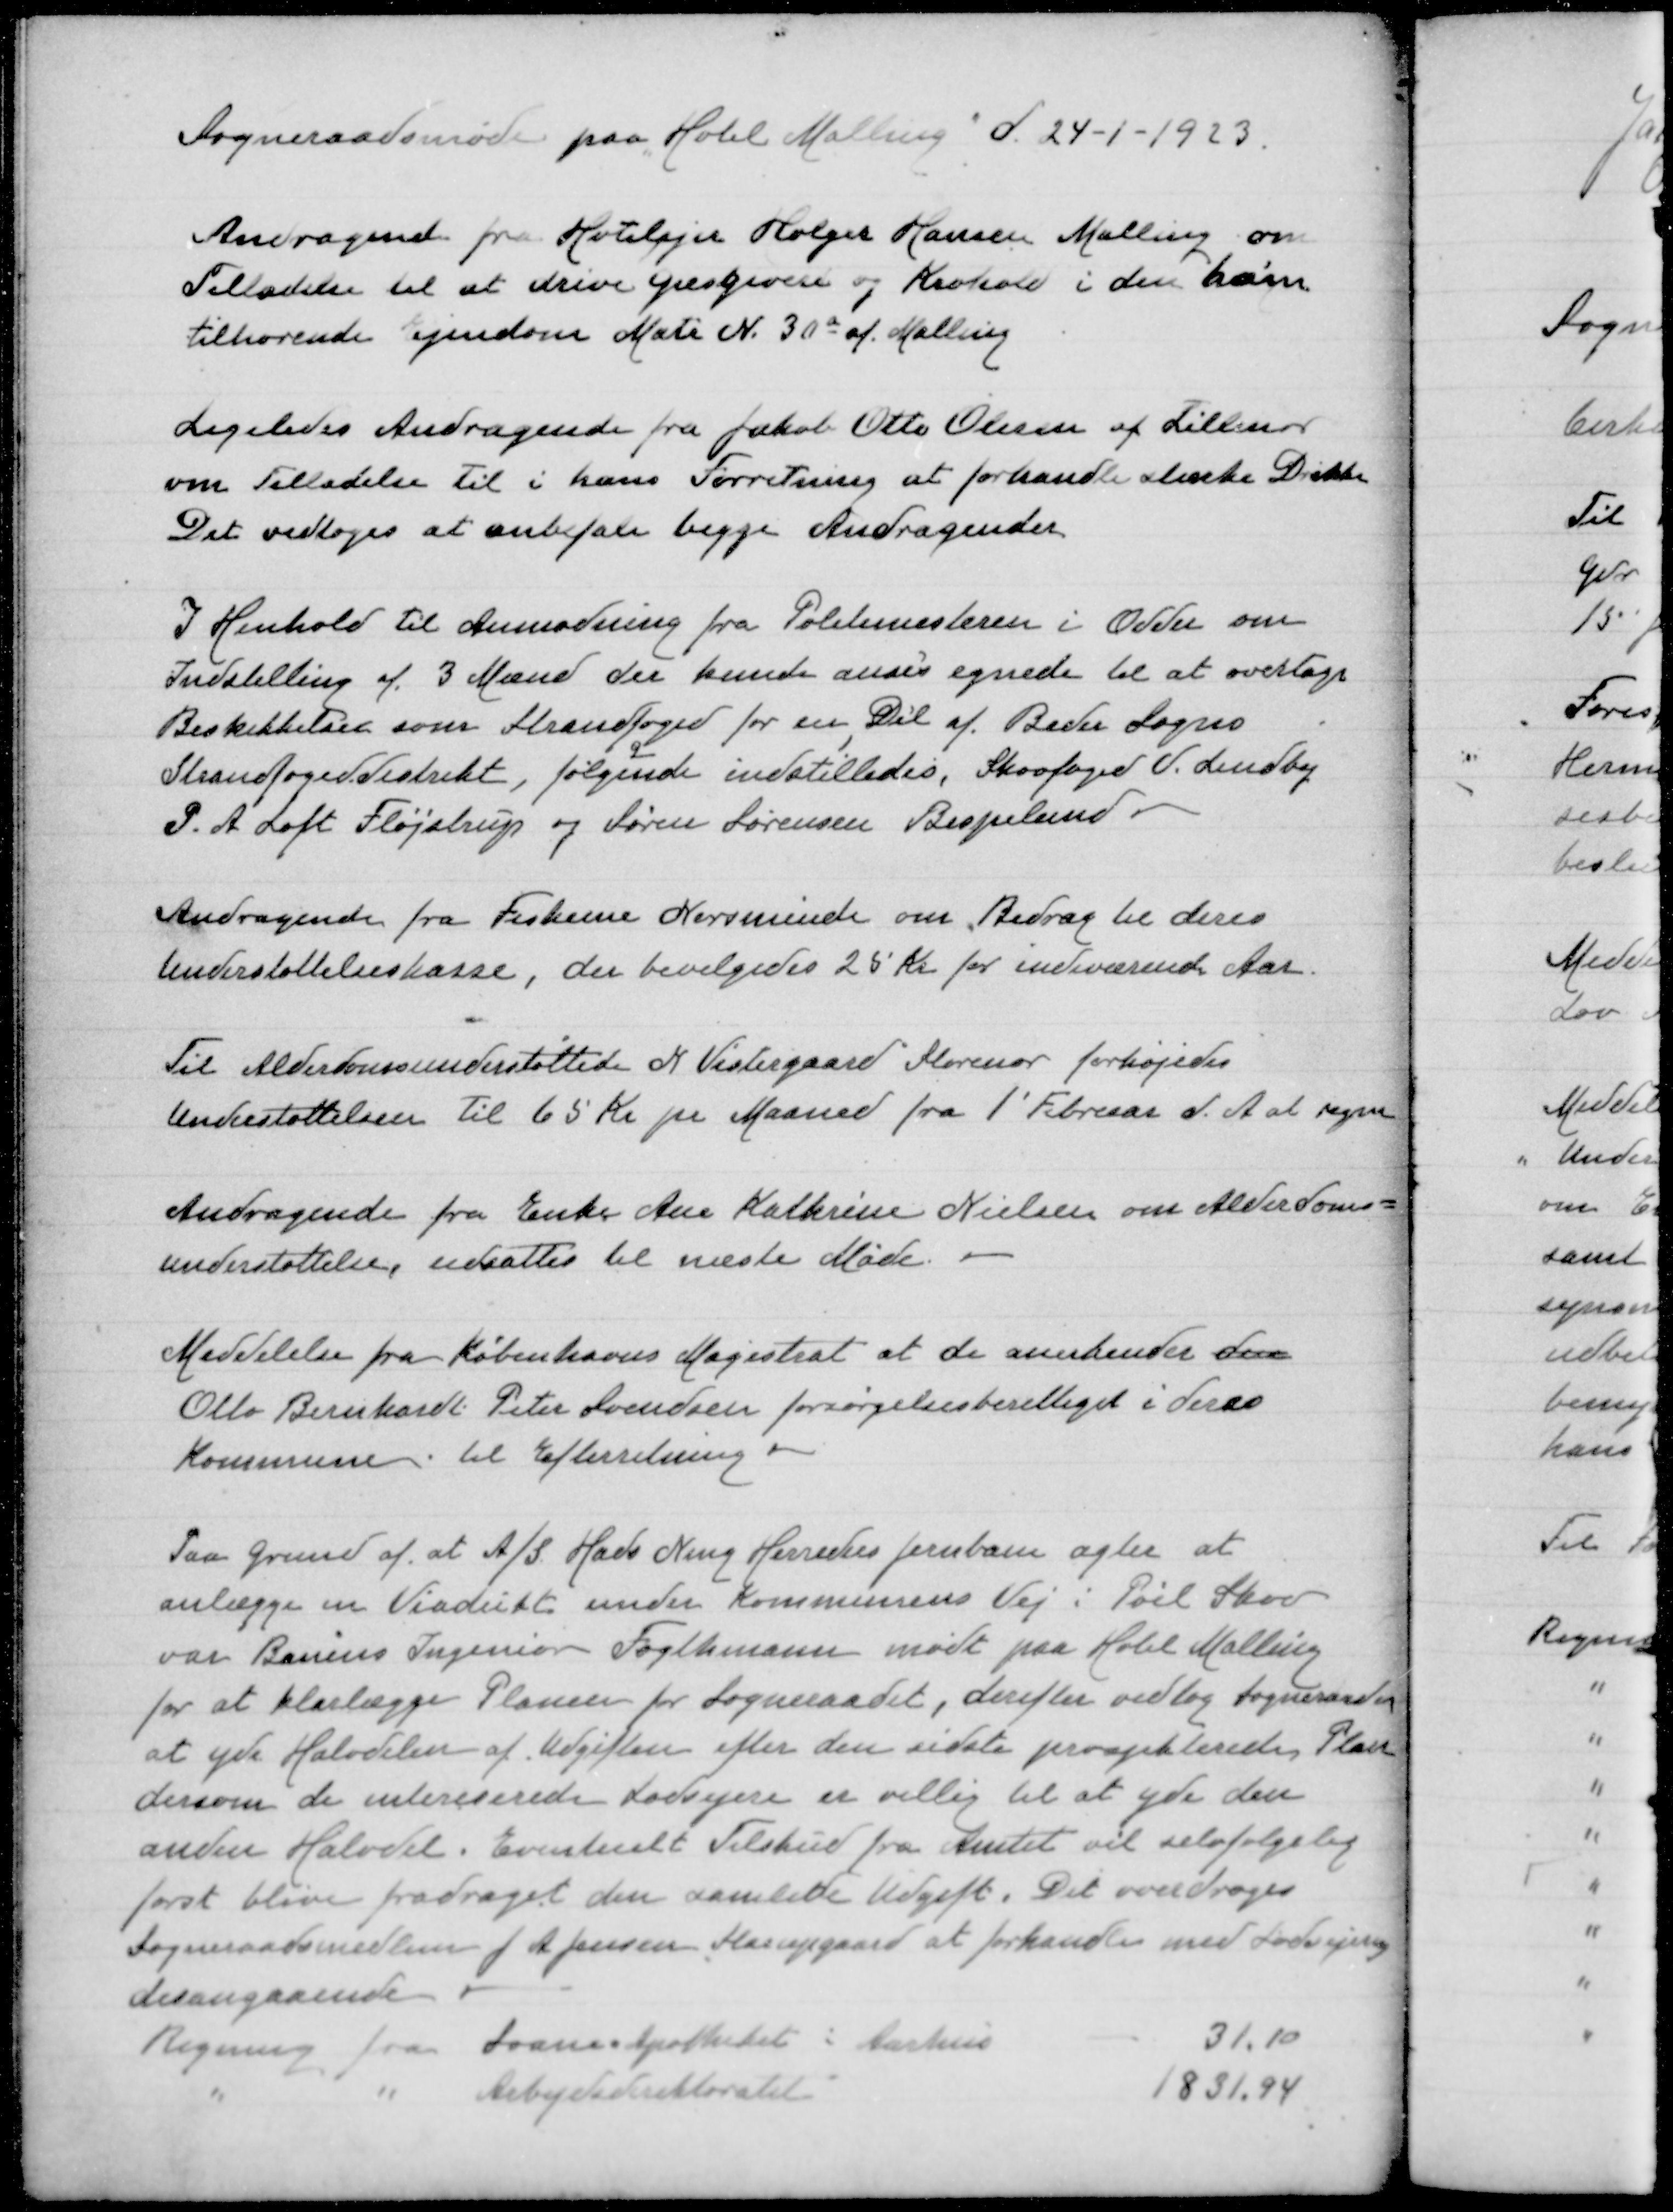
Transskription:
Sogneraadsmøde paa "Hotel Malling" d 24-1-1923

Andragende fra Hotelejer Holger Hansen Malling om
Tilladelse til at drive Gæstgiveri og Krohold i den ham
tilhørende Ejendom Matr N 30a af Malling

Ligeledes Andragende fra Jakob Otto Olesen af Lillenor
om Tilladelse til i hans Forretning at forhandle stærke Drikke
Det vedtoges at anbefale begge Andragender.

I Henhold til Anmodning fra Politimesteren i Odder om
Indstilling af 3 Mænd der kunde anses egnede til at overtage
Beskikkelser som Strandfoged for en del af Beder Sogns
Strandfogeddistrikt, følgende indstilledes, Skovfoged V Lindby
P A Loft Fløjstrup og Søren Sørensen Bispelund

Andragende fra Fiskerne i Norsminde om Bidrag til deres
Understøttelseskasse, der bevilgedes 25 Kr for indværende Aar

Til Alderdomsunderstøttede N Vestergaard Storenor forhøjedes
Understøttelsen til 65 Kr pr Maaned fra 1' Februar d A at regne

Andragende fra Enke Ane Kathrine Nielsen om Alderdoms=
understøttelse, udsattes til næste Møde

Meddelelse fra Københavns Magistrat at de anerkender den
Otto Bernhardt Peter Svendsen forsørgelsesberettiget i deres
Kommune. til Efterretning

Paa Grund af at A/S Hads Ning Herreders Jernbane agter at
anlægge en viadukt under Kommunens Vej i Pøel Skov
var Banens Ingeniør Fogthmann mødt paa Hotel Malling
for at klarlægge Planen for Sogneraadet, derefter vedtog Sogneraadet
at yde Halvdelen af Udgiften efter den sidste projekterede  Plan
dersom de interesserede Lodsejere er villig til at yde den
anden Halvdel. Eventuelt Tilskud fra Amtet vil selvfølgelig
først blive fradraget den samlede Udgift. Det overdrages
Sogneraadsmedlem J A Jensen Starupgaard at forhandle med Lodsejerne
desangaaende
Regning fra Svane Apotheket i Aarhus
31,10
" " Arbejdsdirektoratet
1831,94